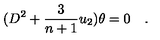
( D ^ { 2 } + { \frac { 3 } { n + 1 } } u _ { 2 } ) \theta = 0 \quad .